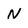
Character: N